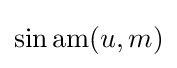
\sin \operatorname {am} (u,m)